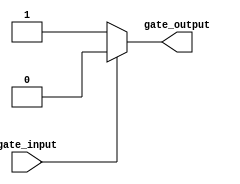
module CMOS_NOT_gate (
  input wire gate_input,
  output reg gate_output
);

  always @* begin
    if(gate_input == 0) begin
      gate_output = 1;
    end else begin
      gate_output = 0;
    end
  end

endmodule